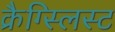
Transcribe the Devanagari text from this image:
क्रैग्स्लिस्ट